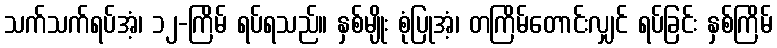
သက်သက်ရပ်အံ့၊ ၁၂-ကြိမ် ရပ်ရသည်။ နှစ်မျိုး စုံပြုအံ့၊ တကြိမ်တောင်းလျှင် ရပ်ခြင်း နှစ်ကြိမ်